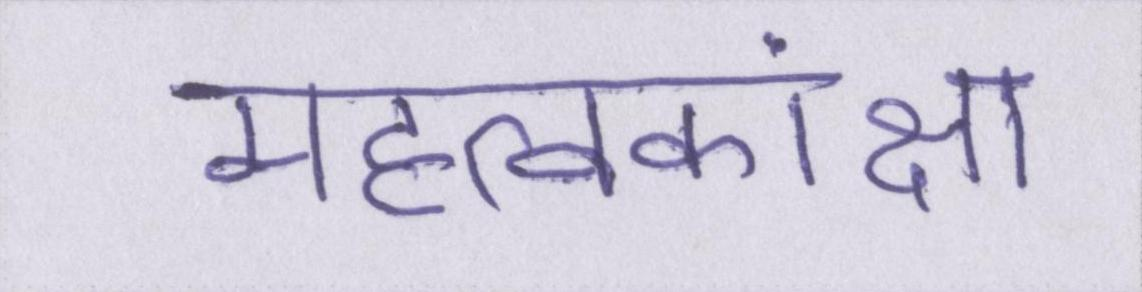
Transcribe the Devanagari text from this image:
महत्वकांक्षा